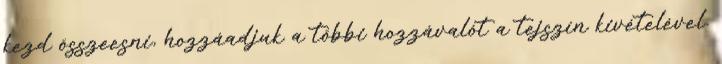
kezd összeesni, hozzáadjuk a többi hozzávalót a tejszín kivételével.